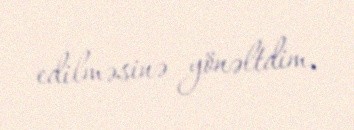
edilməsinə yönəltdim.